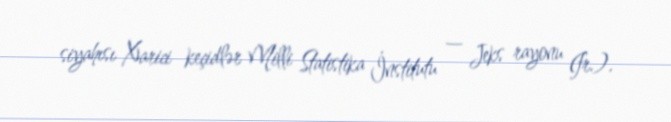
siyahısı Xarici keçidlər Milli Statistika İnstitutu — Jeks rayonu (fr.).